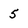
Character: 5